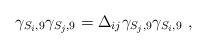
LaTeX: \begin{align*}\gamma_{S_i,9}\gamma_{S_j,9}=\Delta_{ij} \gamma_{S_j,9}\gamma_{S_i,9}~,\end{align*}